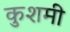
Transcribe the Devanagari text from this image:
कुशमी